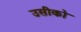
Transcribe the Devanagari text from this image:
उसीको